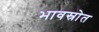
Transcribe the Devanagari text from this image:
भावस्रोत